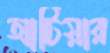
আটিয়ার